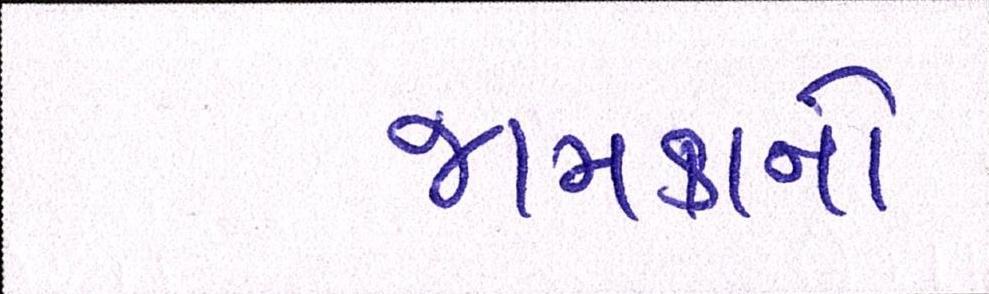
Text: જામકાનો